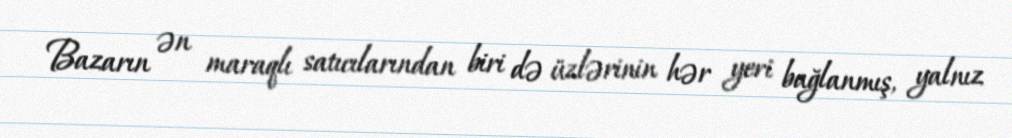
Bazarın ən maraqlı satıcılarından biri də üzlərinin hər yeri bağlanmış, yalnız